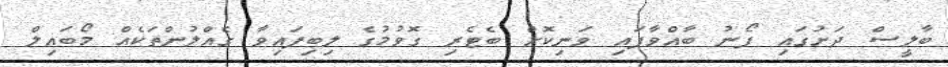
ބާލީސް ދަށުގައި ފޯނު ބާއްވާފައި ވަނިކޮށް ބެޓެރި ގޮވުމުގެ ލިބިފައިވާ ގެއްލުންތަކެއް މޯބައިލް